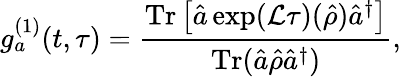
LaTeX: g_{a}^{(1)}(t,\tau)=\frac{\mathrm{Tr}\left[\hat{a}\exp(\mathcal{L}\tau)(\hat{\rho})\hat{a}^{\dagger}\right]}{\mathrm{Tr}(\hat{a}\hat{\rho}\hat{a}^{\dagger})},